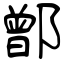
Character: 鄫